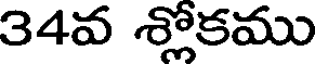
34వ శ్లోకము